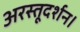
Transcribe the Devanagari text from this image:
अरस्तूदर्शन।